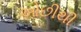
ઓછીથી